38_143685_box_Incident_Summaries_101-172
Agency: Department of War
Page 44
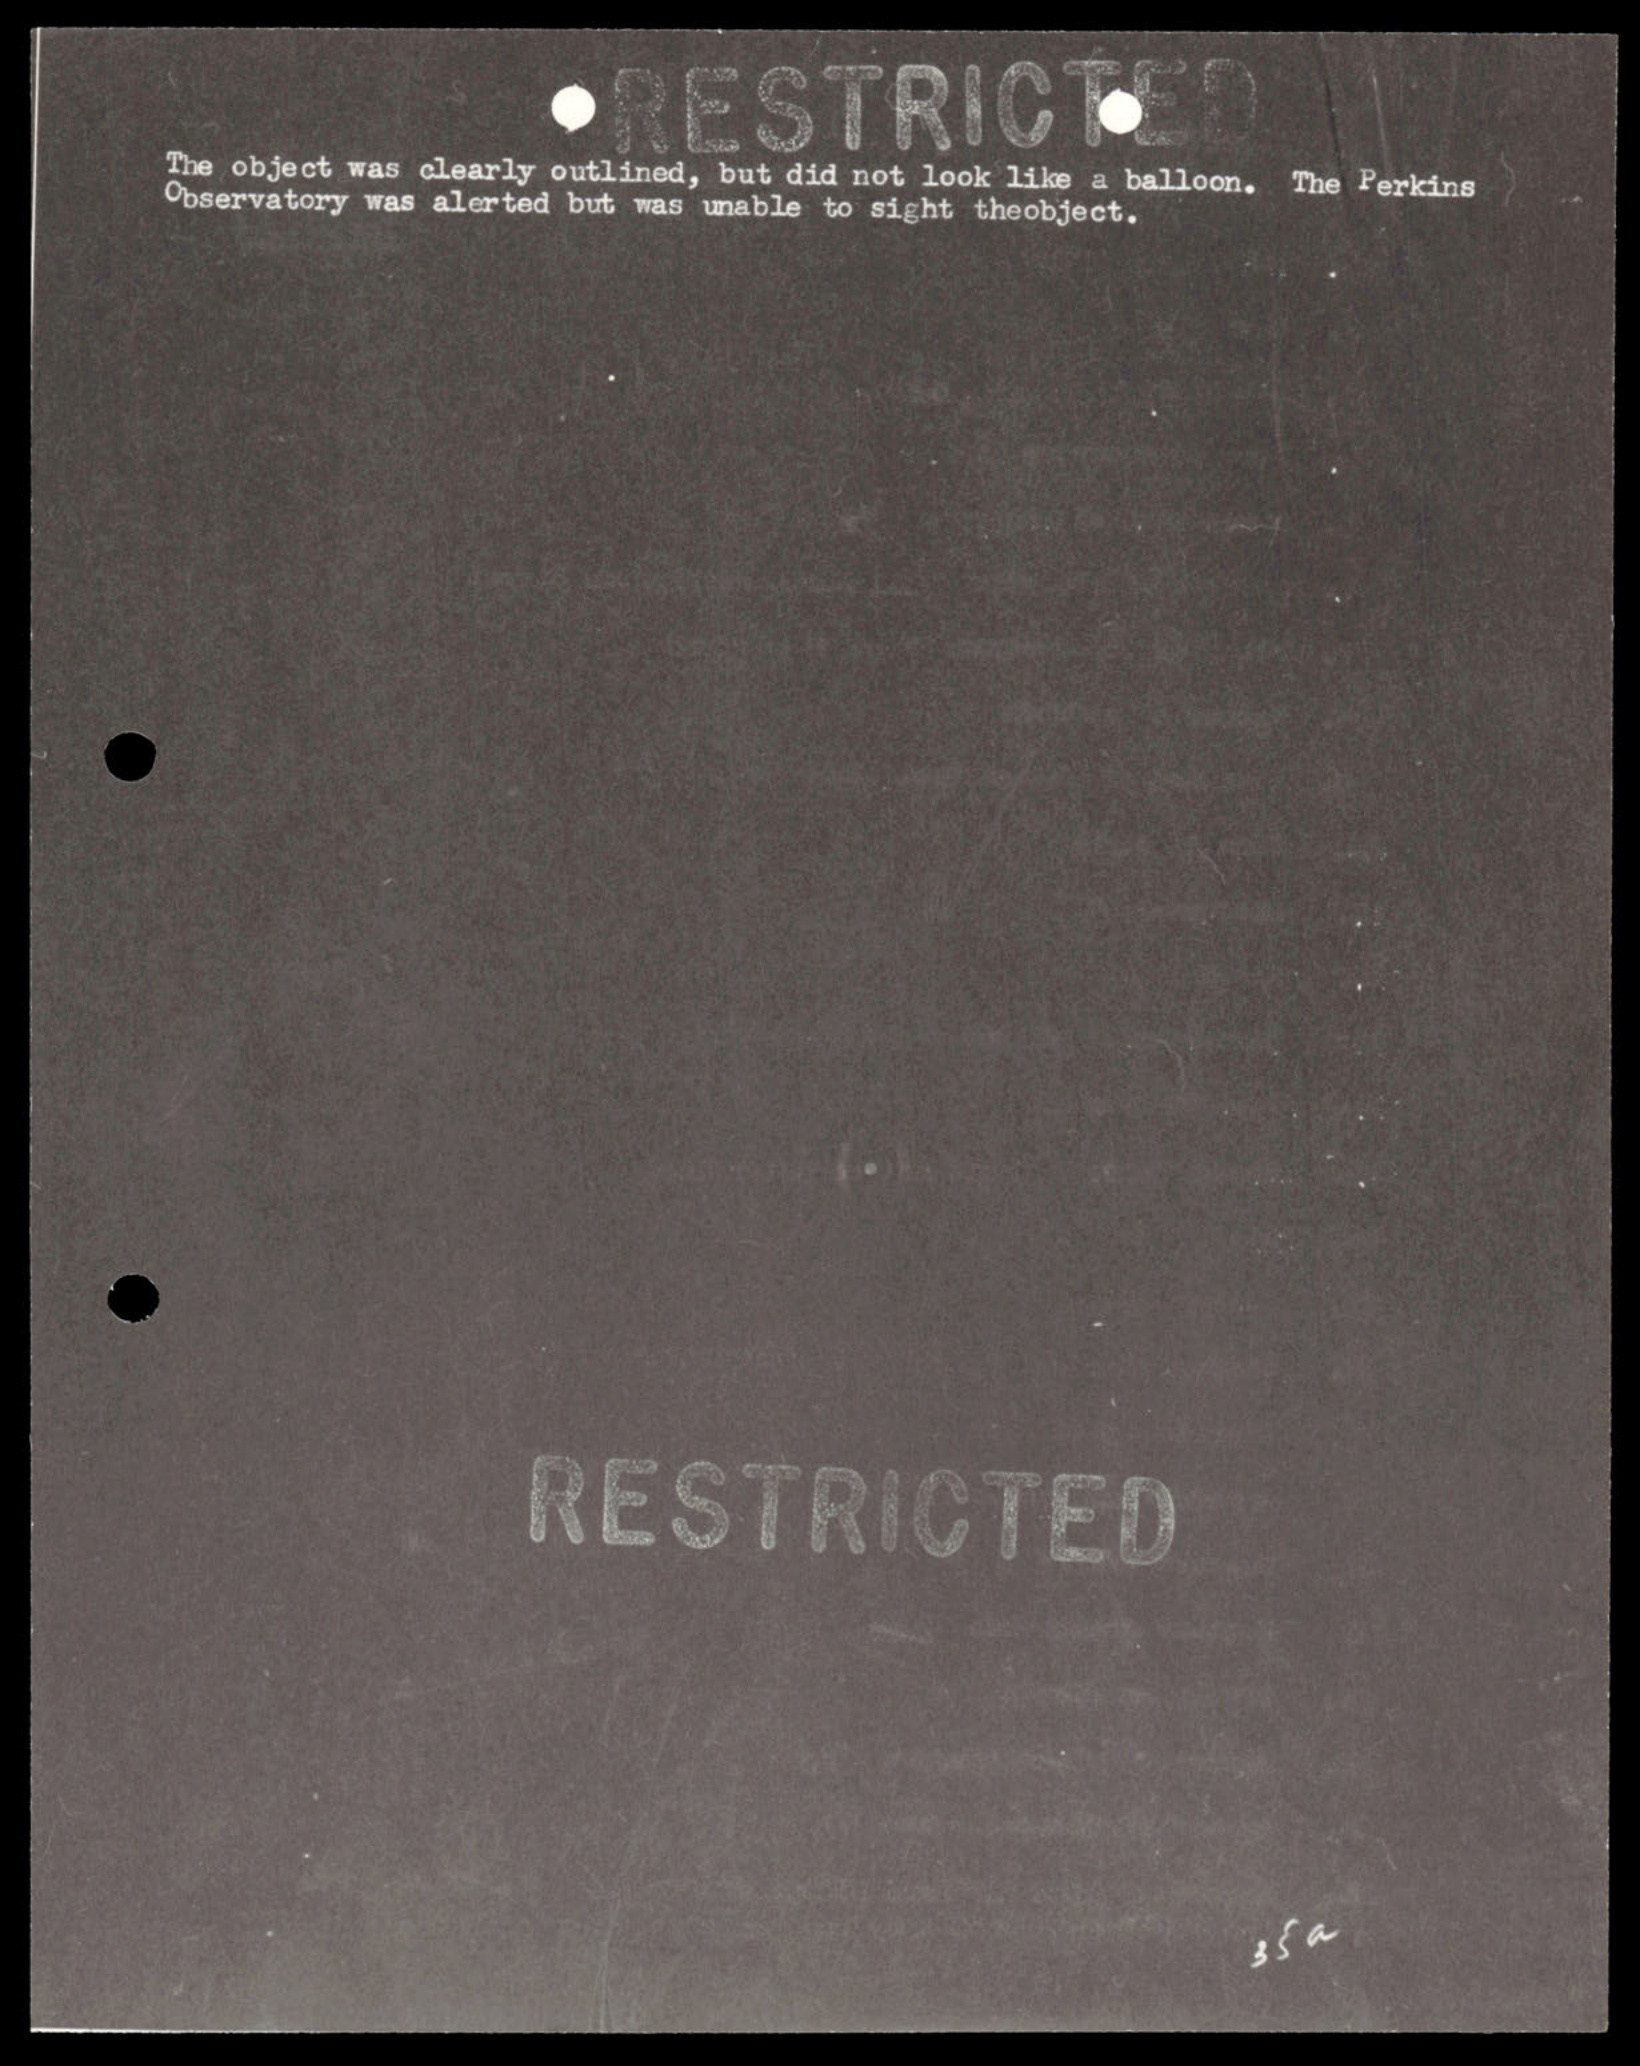